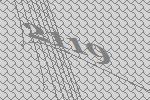
2119